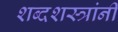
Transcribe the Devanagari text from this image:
शब्दशस्त्रांनी